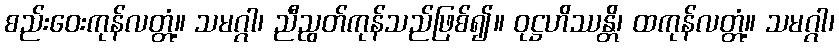
စည်းဝေးကုန်လတ္တံ့။ သမဂ္ဂါ၊ ညီညွတ်ကုန်သည်ဖြစ်၍။ ဝုဋ္ဌဟိဿန္တိ၊ ထကုန်လတ္တံ့။ သမဂ္ဂါ၊